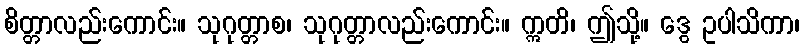
စိတ္တာလည်းကောင်း။ သုဂုတ္တာစ၊ သုဂုတ္တာလည်းကောင်း။ ဣတိ၊ ဤသို့။ ဒွေ ဥပါသိကာ၊